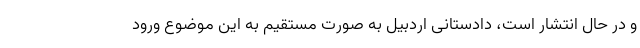
و در حال انتشار است، دادستانی اردبیل به صورت مستقیم به این موضوع ورود